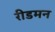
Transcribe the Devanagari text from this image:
रीडमन